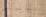
اليوناني